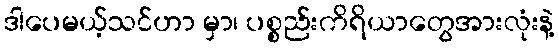
ဒါပေမယ့်သင်ဟာ မှာ၊ ပစ္စည်းကိရိယာတွေအားလုံးနဲ့